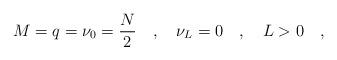
LaTeX: \begin{align*}M=q=\nu_0 =\frac{N}{2}\quad,\quad \nu_{L}=0\quad,\quad L>0\quad ,\end{align*}